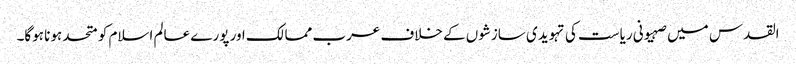
القدس میں صہیونی ریاست کی تہویدی سازشوں کے خلاف عرب ممالک اور پورے عالم اسلام کو متحد ہونا ہوگا۔